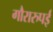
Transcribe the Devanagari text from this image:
गौरारुपई